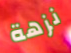
نزهة